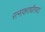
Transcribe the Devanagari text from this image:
रत्नाकराधौतपदां